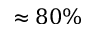
\approx 8 0 \%